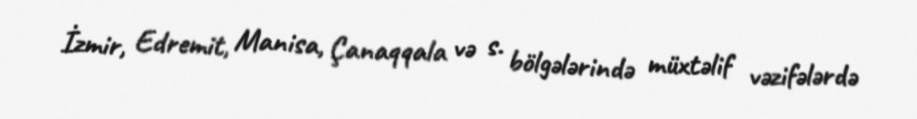
İzmir, Edremit, Manisa, Çanaqqala və s. bölgələrində müxtəlif vəzifələrdə